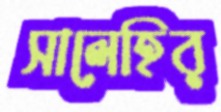
সালেহির